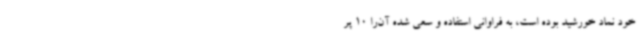
خود نماد خورشید بوده است، به فراوانی استفاده و سعی شده آن‌را 10 پر